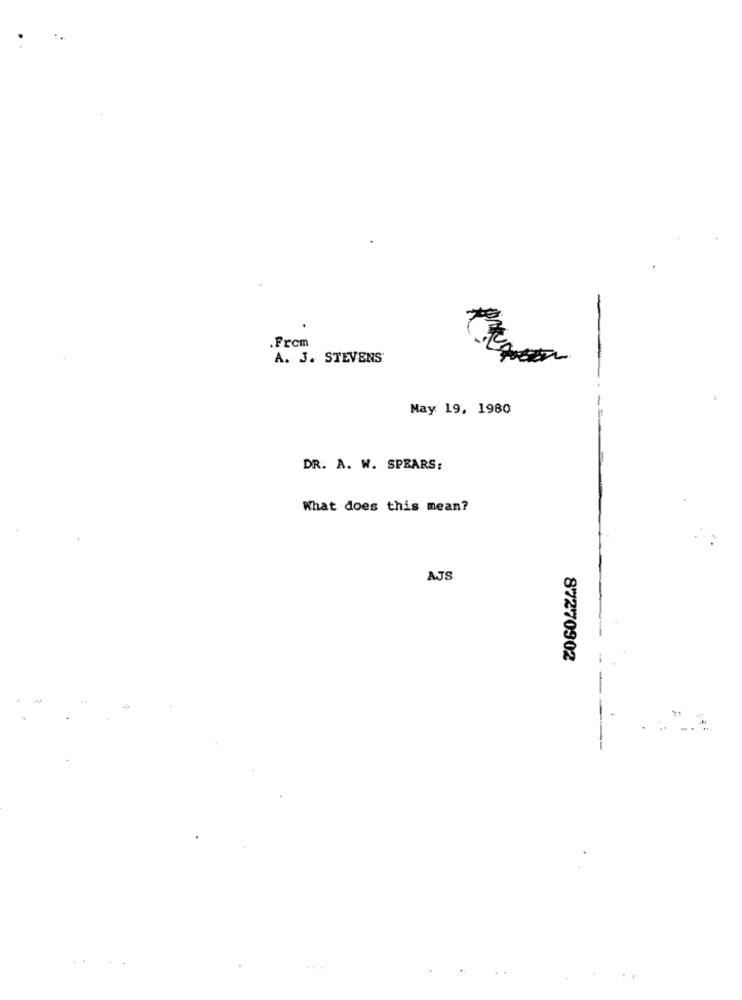
.Frem
A. J. STEVENS
May 19, 1980
DR. A. W. SPEARS:
What does this mean?
AJS
87270902